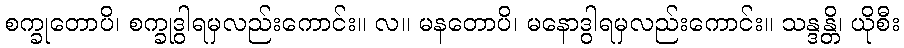
စက္ခုတောပိ၊ စက္ခုဒွါရမှလည်းကောင်း။ လ။ မနတောပိ၊ မနောဒွါရမှလည်းကောင်း။ သန္ဒန္တိ၊ ယိုစီး